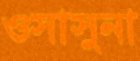
ওসাসুনা